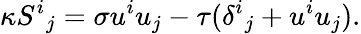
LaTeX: \kappa{S^{i}}_{j}=\sigma u^{i}u_{j}-\tau({\delta^{i}}_{j}+u^{i}u_{j}).